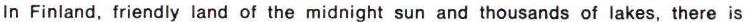
In Finland, friendly land of midnight sun and thousands of lakes, there is